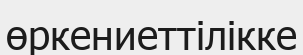
өркениеттілікке